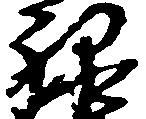
禄